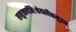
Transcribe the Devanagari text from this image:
समुत्कर्षनिःश्रेयस्यैकमुग्रम्‌